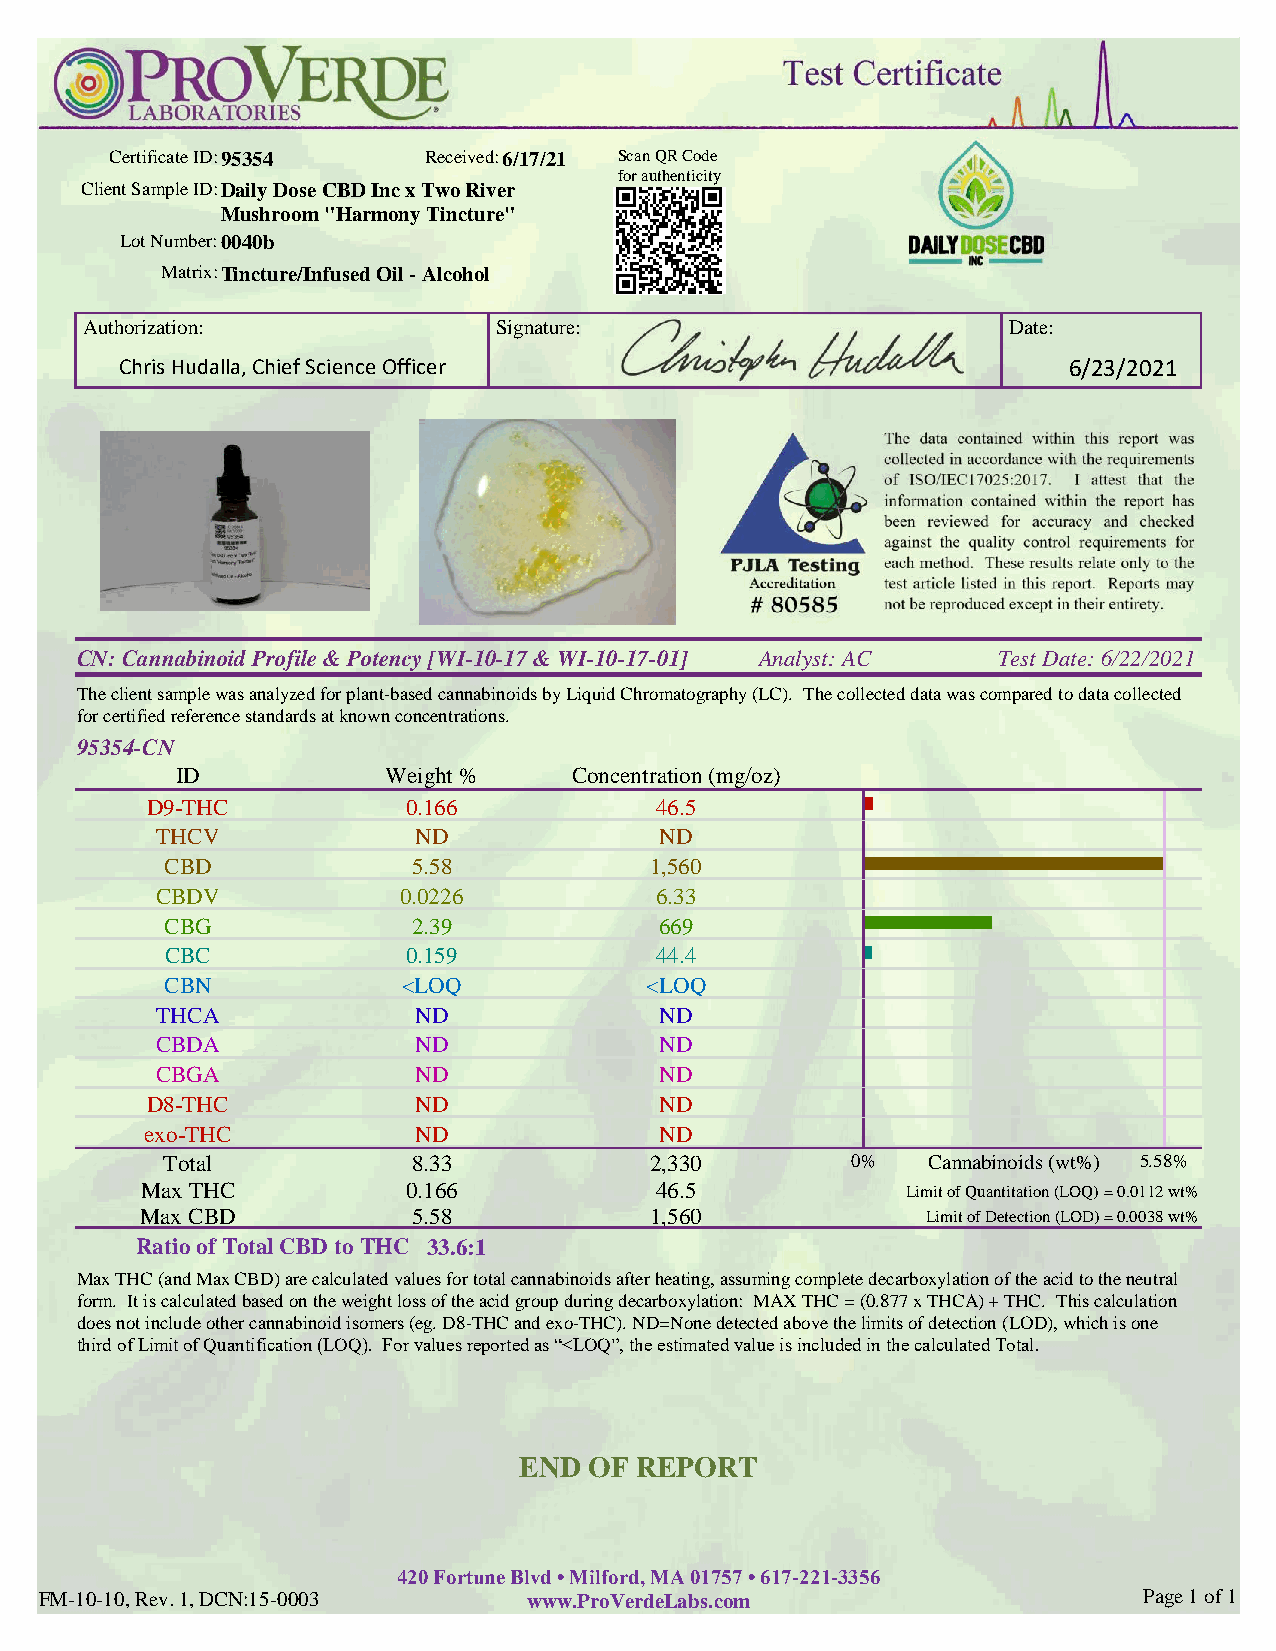
Certificate ID:95354 Received:6/17/21 Scan QR Code
 for authenticity
 Client Sample ID:Daily Dose CBD Inc x Two River
 Mushroom "Harmony Tincture"
 Lot Number:0040b
 Matrix:Tincture/Infused Oil - Alcohol
 Authorization:              Signature:                        Date:
 Chris Hudalla, Chief Science Officer                           6/23/2021
 CN: Cannabinoid Profile & Potency [WI-10-17 & WI-10-17-01] Analyst: AC Test Date: 6/22/2021
 The client sample was analyzed for plant-based cannabinoids by Liquid Chromatography (LC). The collected data was compared to data collected
 for certified reference standards at known concentrations.
 95354-CN
 ID            Weight %    Concentration (mg/oz)
 D9-THC           0.166           46.5
 THCV             ND               ND
 CBD             5.58            1,560
 CBDV            0.0226           6.33
 CBG             2.39             669
 CBC             0.159           44.4
 CBN             <LOQ            <LOQ
 THCA             ND               ND
 CBDA             ND               ND
 CBGA             ND               ND
 D8-THC           ND               ND
 exo-THC          ND               ND
 Total           8.33            2,330        0%   Cannabinoids (wt%) 5.58%
 Max THC           0.166           46.5             Limit of Quantitation (LOQ) = 0.0112 wt%
 Max CBD           5.58            1,560             Limit of Detection (LOD) = 0.0038 wt%
 Ratio of Total CBD to THC 33.6:1
 Max THC (and Max CBD) are calculated values for total cannabinoids after heating, assuming complete decarboxylation of the acid to the neutral
 form. It is calculated based on the weight loss of the acid group during decarboxylation: MAX THC = (0.877 x THCA) + THC. This calculation
 does not include other cannabinoid isomers (eg. D8-THC and exo-THC). ND=None detected above the limits of detection (LOD), which is one
 third of Limit of Quantification (LOQ). For values reported as “<LOQ”, the estimated value is included in the calculated Total.
 END  OF REPORT
 420 Fortune Blvd • Milford, MA 01757 • 617-221-3356
 FM-10-10, Rev. 1, DCN:15-0003   www.ProVerdeLabs.com                     Page 1 of 1